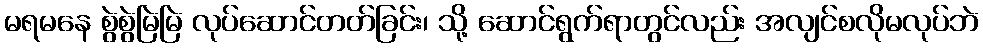
မရမနေ စွဲစွဲမြဲမြဲ လုပ်ဆောင်တတ်ခြင်း၊ သို့ ဆောင်ရွက်ရာတွင်လည်း အလျင်စလိုမလုပ်ဘဲ